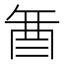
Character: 𮠚